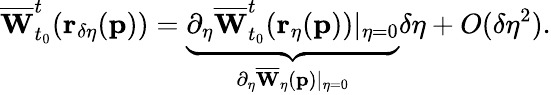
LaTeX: \overline{{\mathbf{W}}}_{t_{0}}^{t}(\mathbf{r_{\delta\eta}}(\mathbf{p}))=\underbrace{\partial_{\eta}\overline{{\mathbf{W}}}_{t_{0}}^{t}(\mathbf{r_{\eta}}(\mathbf{p}))\vert_{\eta=0}}_{\partial_{\eta}\overline{{\mathbf{W}}}_{\eta}(\mathbf{p})\vert_{\eta=0}}\delta\eta+O(\delta\eta^{2}).